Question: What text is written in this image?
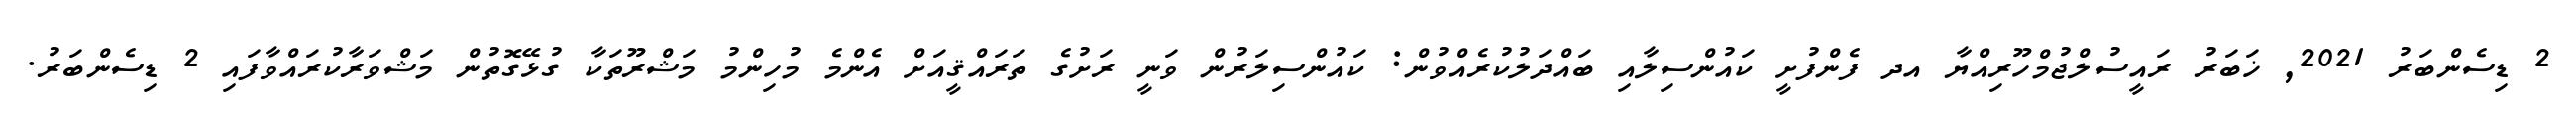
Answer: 2 ޑިސެންބަރު 2021, ޚަބަރު ރައީސުލްޖުމްހޫރިއްޔާ އދ ފެންފުށީ ކައުންސިލާއި ބައްދަލުކުރެއްވުން: ކައުންސިލަރުން ވަނީ ރަށުގެ ތަރައްޤީއަށް އެންމެ މުހިންމު މަޝްރޫތަކާ ގުޅޭގޮތުން މަޝްވަރާކުރައްވާފައި 2 ޑިސެންބަރު.